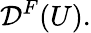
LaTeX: {\mathcal{D}}^{F}(U).